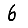
Digit: 6